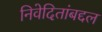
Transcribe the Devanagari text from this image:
निवेदितांबद्दल